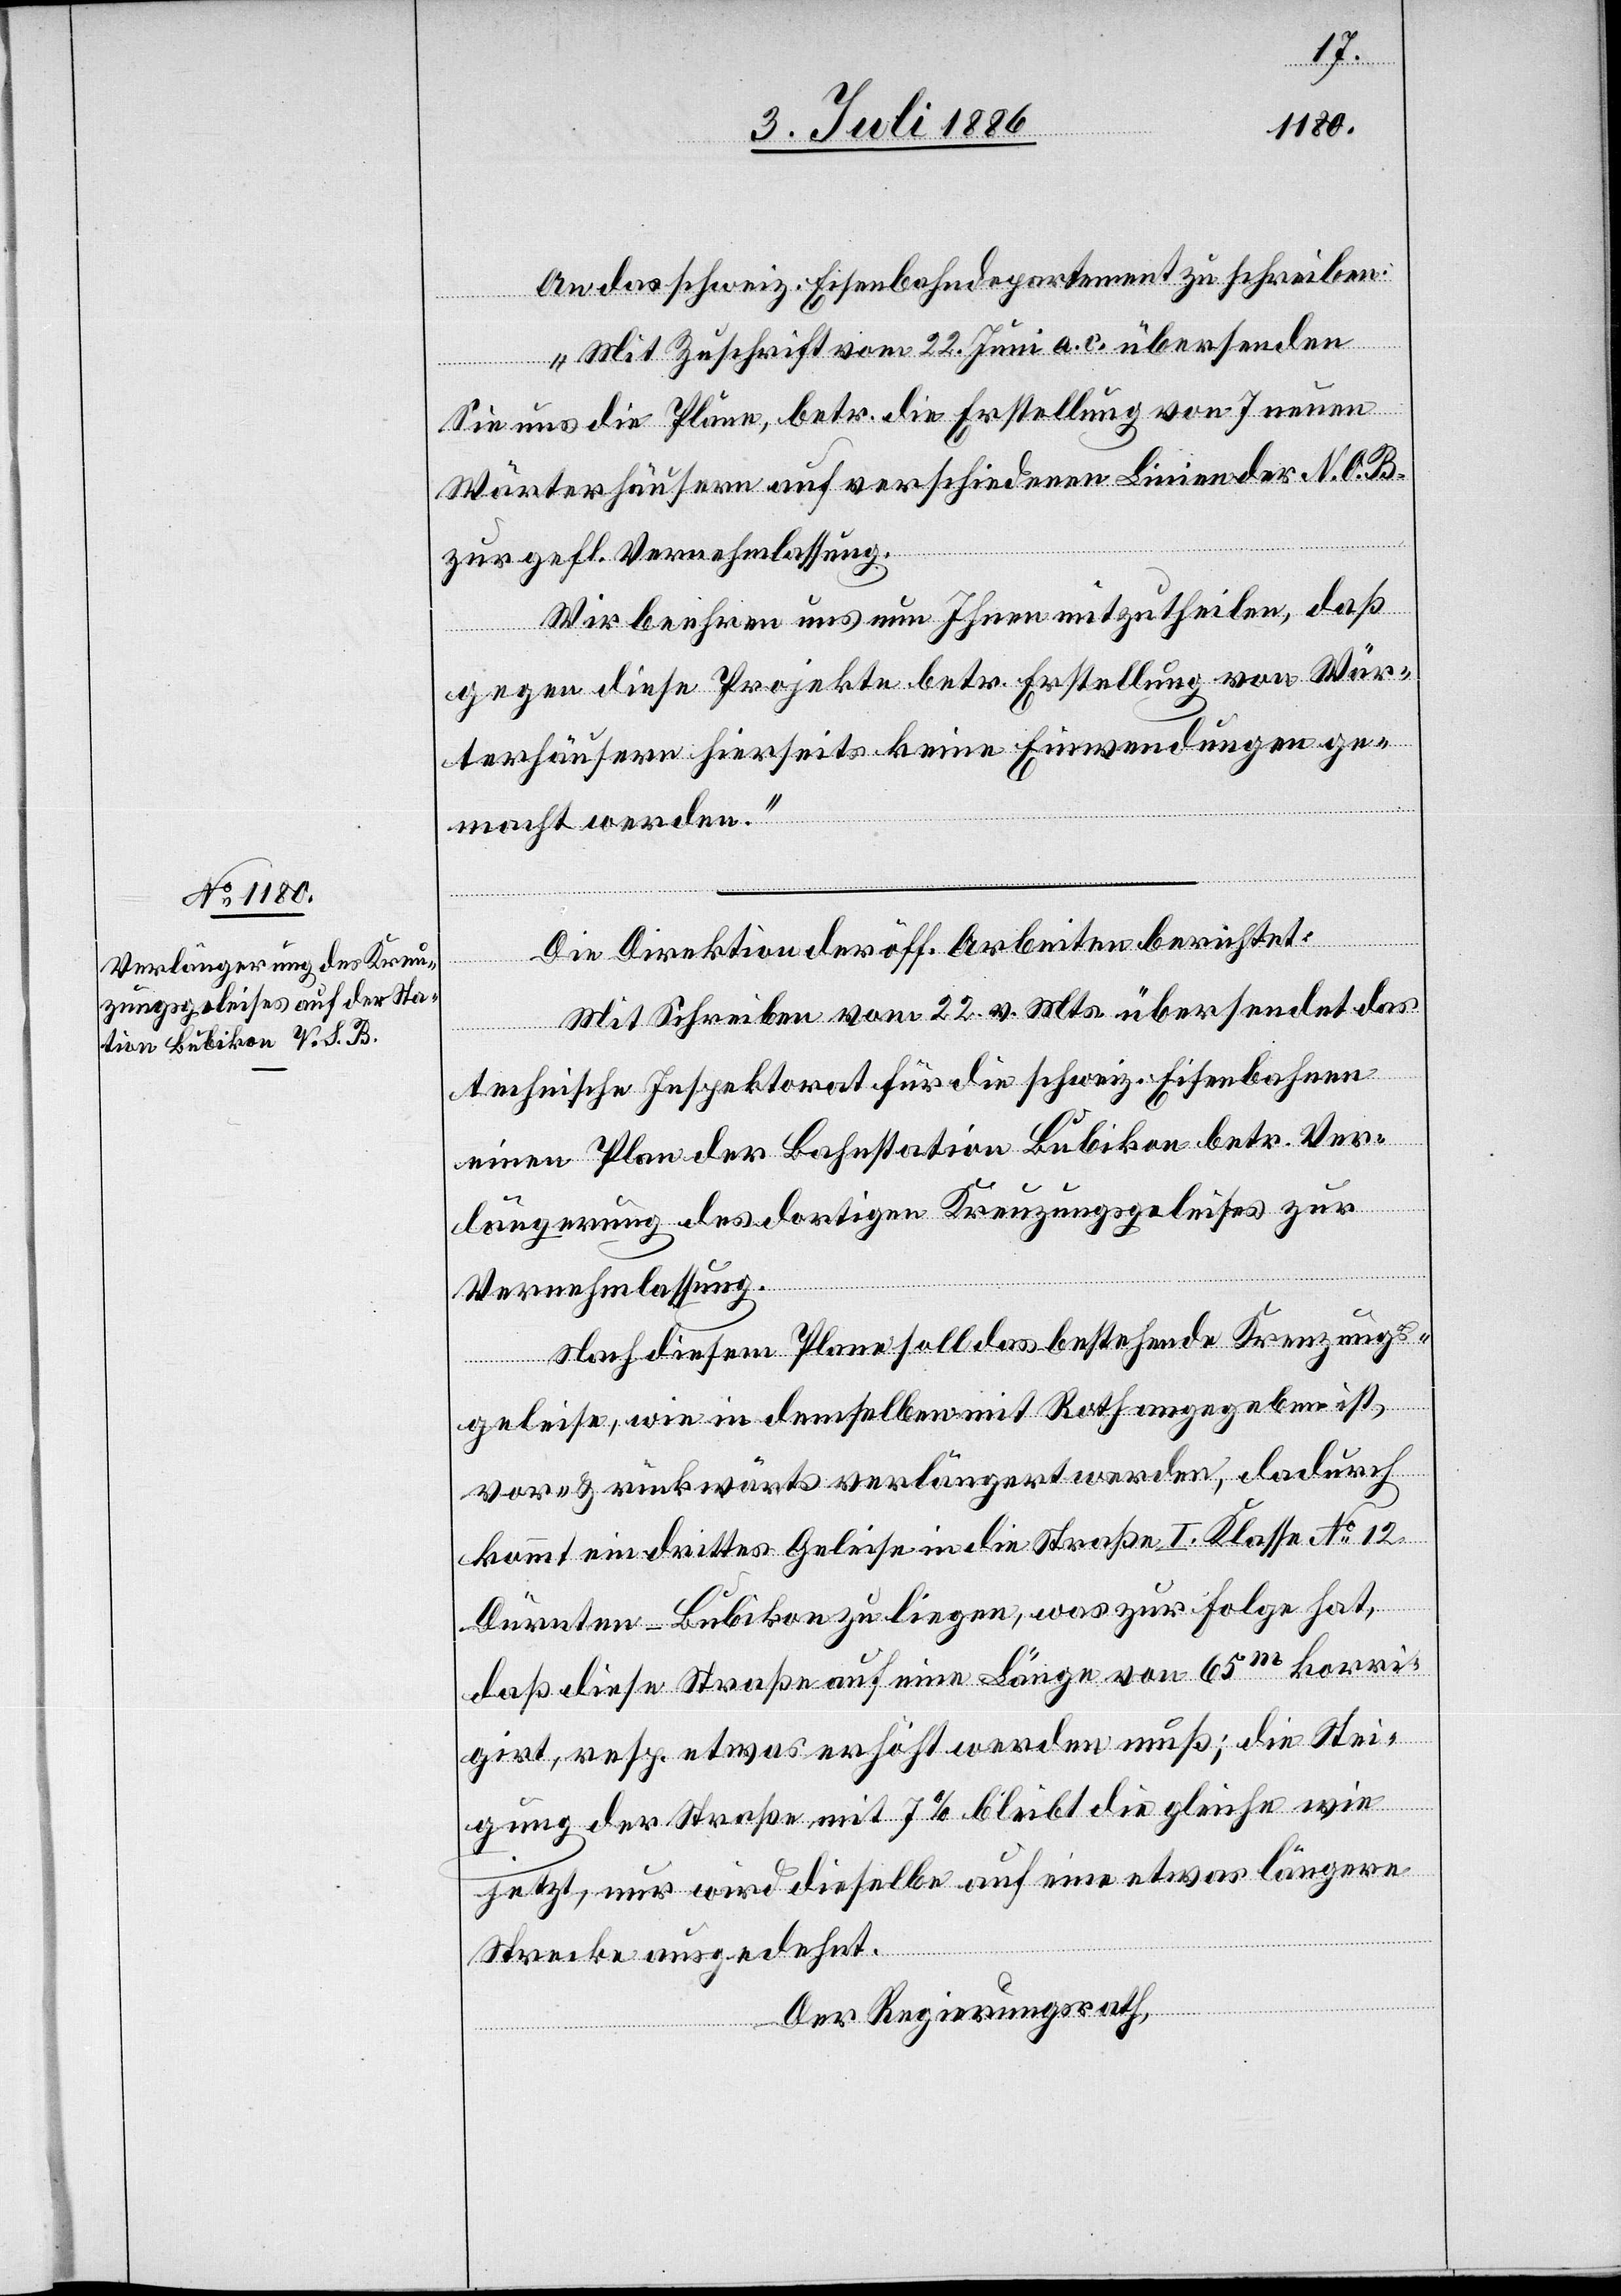
An das schweiz. Eisenbahndepartement zu schreiben:
„Mit Zuschrift vom 22. Juni a. c. übersenden
Sie uns die Pläne, betr. die Erstellung von 7 neuen
Wärterhäusern auf verschiedenen Linien der N. O. B.
zur gefl. Vernehmlassung.
Wir beehren uns nun Ihnen mitzutheilen, daß
gegen diese Projekte betr. Erstellung von Wär¬
terhäusern hierseits keine Einwendungen ge¬
macht werden.“
Die Direktion der öff. Arbeiten berichtet:
Mit Schreiben vom 22. v. Mts. übersendet das
technische Inspektorat für die schweiz. Eisenbahnen
einen Plan der Bahnstation Bubikon betr. Ver¬
längerung des dortigen Kreuzungsgeleises zur
Vernehmlassung.
Nach diesem Plane soll das bestehende Kreuzungs¬
geleise, wie in demselben mit Roth angegeben ist,
vor- & rückwärts verlängert werden, dadurch
kommt ein drittes Geleise in die Straße I. Klasse No 12
Dürnten–Bubikon zu liegen, was zur Folge hat,
daß diese Straße auf eine Länge von 65m korri¬
girt, resp. etwas erhöht werden muß; die Stei¬
gung der Straße mit 7% bleibt die gleiche wie
jetzt, nur wird dieselbe auf eine etwas längere
Strecke ausgedehnt.
Der Regierungsrath,